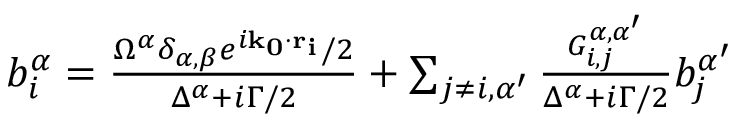
\begin{array} { r } { b _ { i } ^ { \alpha } = \frac { \Omega ^ { \alpha } \delta _ { \alpha , \beta } e ^ { i \mathbf { k _ { 0 } \cdot r _ { i } } } / 2 } { \Delta ^ { \alpha } + i \Gamma / 2 } + \sum _ { j \neq i , \alpha ^ { \prime } } \frac { G _ { i , j } ^ { \alpha , \alpha ^ { \prime } } } { \Delta ^ { \alpha } + i \Gamma / 2 } b _ { j } ^ { \alpha ^ { \prime } } } \end{array}